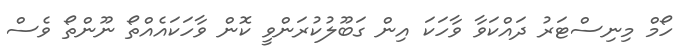
ހޯމް މިނިސްޓަރު ދައްކަވާ ވާހަކަ އިން ގަބޫލުކުރަންވީ ކޮން ވާހަކައެއްތޯ ނޫންތޯ ވެސް